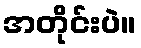
အတိုင်းပဲ။